Annual report of the Punjab Veterinary College and of the Civil Veterinary Department, Punjab - 1926-1932
Year: 1926
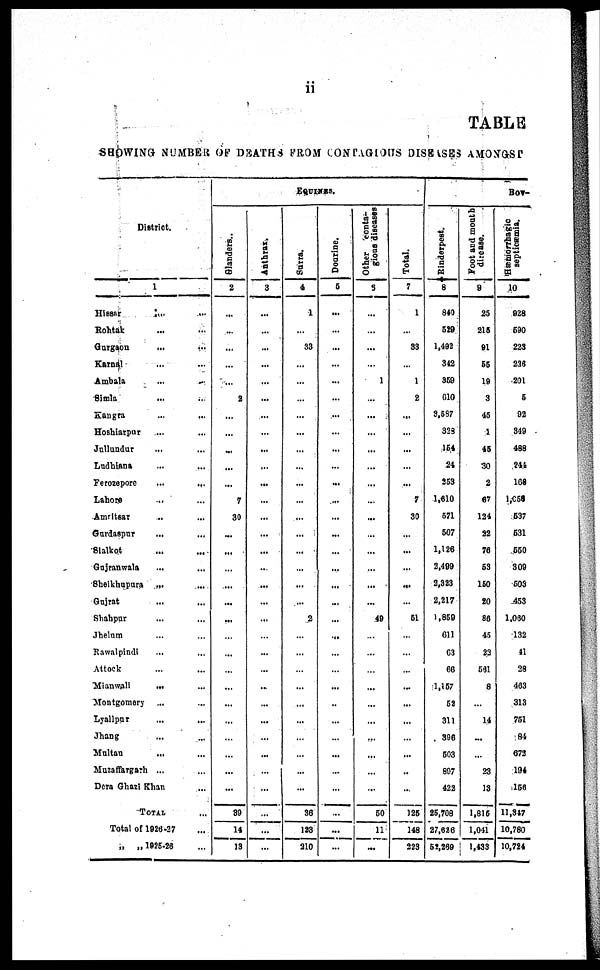
ii
TABLE
SHOWING NUMBER OF DEATHS FROM CONTAGIOUS DISEASES AMONGST
District.
1
Hissar
...
...
Rohtak … …
Gurgaon … …
Karnal … …
Ambala … …
Simla … …
Kangra … …
Hoshiarpur … …
Jullundur … …
Ludhiana … …
Ferozepore
...
...
Lahore … …
Amritsar … …
Gurdaspur … …
Sialkot … …
Gujranwala … …
Sheikhupura ... ...
Gujrat ... ...
Shahpur ... ...
Jhelum ... ...
Rawalpindi … …
Attock ... ...
Mianwali
... ...
Montgomery … …
Lyallpur ... ...
Jhang ... ...
Multan ... ...
Muzaffargarh ... ...
Dera Ghazi Khan ...
TOTAL ..
Total of 1026-27 ...
„
„ 1925-26 ...
EQUINES.
Slanders..
2
…
...
...
…
…
2
…
…
...
...
...
7
30
...
...
…
...
...
...
…
…
…
…
…
…
…
…
…
...
39
14
13
Anthrax.
3
...
...
...
...
...
...
...
...
...
...
...
...
…
...
...
...
...
...
...
…
...
...
...
...
...
...
...
...
...
...
...
...
Surra.
4
1
...
33
...
…
...
…
...
…
…
...
…
...
...
...
…
...
...
2
…
…
…
…
...
…
…
…
…
…
36
123
210
Dourine.
5
...
...
…
...
...
...
...
…
...
…
...
...
...
...
…
...
...
...
…
...
…
…
...
...
…
…
...
…
…
...
...
...
Other conta-
gious diseases
6
…
…
…
…
1
…
…
…
…
…
…
…
…
…
…
…
…
…
49
…
…
…
…
…
…
…
…
…
…
50
11
…
Total.
7
1
...
33
...
1
2
...
...
…
...
...
7
30
…
...
...
...
…
51
…
…
…
...
...
...
…
...
...
...
125
148
223
Bov-
Rinderpest.
8
840
529
1,492
342
369
610
3,587
323
154
24
253
1,610
571
507
1,126
2,499
2,323
2,217
1,859
611
63
66
1,157
52
311
396
503
897
422
25,708
27,626
52,269
Foot and mouth
disease.
9
25
215
91
55
19
3
45
1
45
30
2
67
124
22
76
53
150
20
86
45
22
561
8
…
14
...
…
23
13
1,815
1,041
1,433
Hæmorrhagic
septicæmia.
10
928
690
223
223
201
5
92
849
488
244
168
1,056
537
531
550
309
508
453
1,060
132
41
28
463
313
751
84
673
194
156
11,347
10,780
10,724